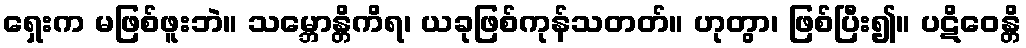
ရှေးက မဖြစ်ဖူးဘဲ။ သမ္ဘောန္တိကိရ၊ ယခုဖြစ်ကုန်သတတ်။ ဟုတွာ၊ ဖြစ်ပြီး၍။ ပဋိဝေန္တိ